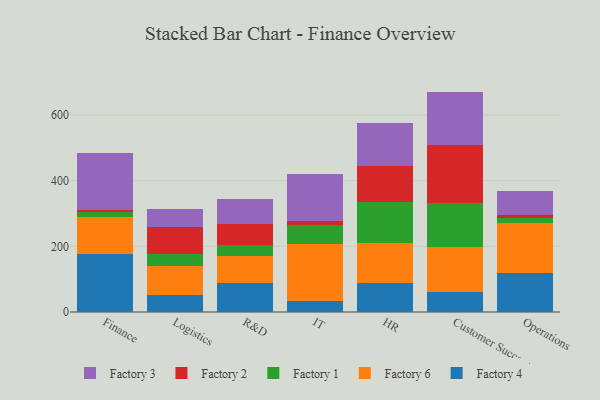
{"axis": {"x": "Department", "y": "Humidity (%)"}, "legend": ["Factory 1", "Factory 2", "Factory 3", "Factory 4", "Factory 6"], "data": [{"x": "Finance", "y": 176.9, "type": "Factory 4"}, {"x": "Finance", "y": 112.9, "type": "Factory 6"}, {"x": "Finance", "y": 13.7, "type": "Factory 1"}, {"x": "Finance", "y": 6.0, "type": "Factory 2"}, {"x": "Finance", "y": 174.5, "type": "Factory 3"}, {"x": "Logistics", "y": 51.4, "type": "Factory 4"}, {"x": "Logistics", "y": 88.8, "type": "Factory 6"}, {"x": "Logistics", "y": 35.8, "type": "Factory 1"}, {"x": "Logistics", "y": 84.0, "type": "Factory 2"}, {"x": "Logistics", "y": 52.2, "type": "Factory 3"}, {"x": "R&D", "y": 86.8, "type": "Factory 4"}, {"x": "R&D", "y": 82.8, "type": "Factory 6"}, {"x": "R&D", "y": 33.6, "type": "Factory 1"}, {"x": "R&D", "y": 65.1, "type": "Factory 2"}, {"x": "R&D", "y": 74.9, "type": "Factory 3"}, {"x": "IT", "y": 34.4, "type": "Factory 4"}, {"x": "IT", "y": 172.4, "type": "Factory 6"}, {"x": "IT", "y": 57.9, "type": "Factory 1"}, {"x": "IT", "y": 13.2, "type": "Factory 2"}, {"x": "IT", "y": 141.6, "type": "Factory 3"}, {"x": "HR", "y": 87.8, "type": "Factory 4"}, {"x": "HR", "y": 123.1, "type": "Factory 6"}, {"x": "HR", "y": 125.5, "type": "Factory 1"}, {"x": "HR", "y": 107.7, "type": "Factory 2"}, {"x": "HR", "y": 132.5, "type": "Factory 3"}, {"x": "Customer Success", "y": 61.9, "type": "Factory 4"}, {"x": "Customer Success", "y": 135.0, "type": "Factory 6"}, {"x": "Customer Success", "y": 135.8, "type": "Factory 1"}, {"x": "Customer Success", "y": 176.8, "type": "Factory 2"}, {"x": "Customer Success", "y": 161.6, "type": "Factory 3"}, {"x": "Operations", "y": 118.2, "type": "Factory 4"}, {"x": "Operations", "y": 151.6, "type": "Factory 6"}, {"x": "Operations", "y": 15.7, "type": "Factory 1"}, {"x": "Operations", "y": 11.3, "type": "Factory 2"}, {"x": "Operations", "y": 72.3, "type": "Factory 3"}]}